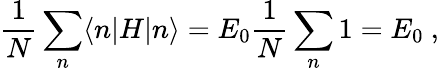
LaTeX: {\frac{1}{N}}\sum_{n}\langle n|H|n\rangle=E_{0}{\frac{1}{N}}\sum_{n}1=E_{0}\ ,